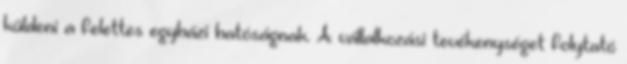
küldeni a felettes egyházi hatóságnak. A vállalkozási tevékenységet folytató